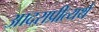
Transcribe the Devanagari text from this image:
आदराप्रीत्यर्थ